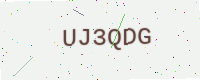
Text: UJ3QDG